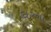
ઘરના